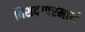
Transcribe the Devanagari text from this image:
विशद।परमार्थ